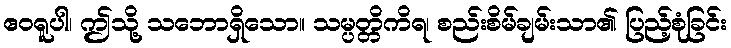
ဧဝရူပါ၊ ဤသို့ သဘောရှိသော။ သမ္ပတ္တိကိရ၊ စည်းစိမ်ချမ်းသာ၏ ပြည့်စုံခြင်း